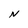
Character: N